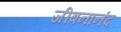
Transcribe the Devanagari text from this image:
जीबनानंद